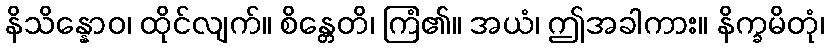
နိသိန္နောဝ၊ ထိုင်လျက်။ စိန္တေတိ၊ ကြံ၏။ အယံ၊ ဤအခါကား။ နိက္ခမိတုံ၊